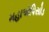
મહાએપિસોડ